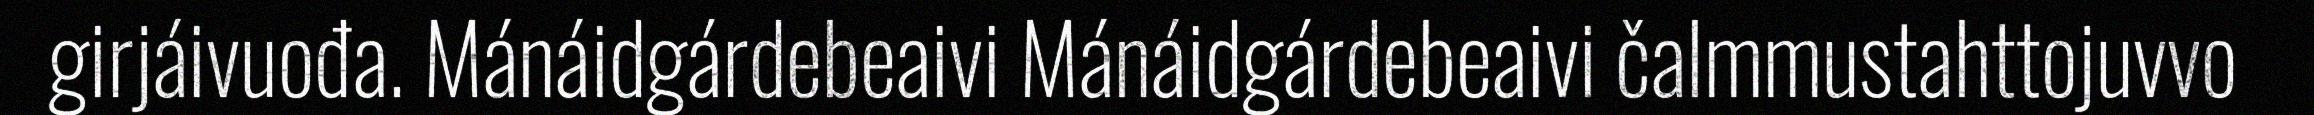
girjáivuođa. Mánáidgárdebeaivi Mánáidgárdebeaivi čalmmustahttojuvvo